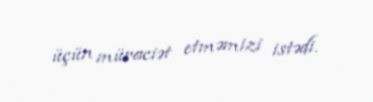
üçün müraciət etməmizi istədi.